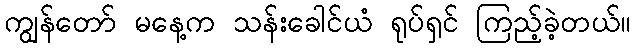
ကျွန်တော် မနေ့က သန်းခေါင်ယံ ရုပ်ရှင် ကြည့်ခဲ့တယ်။